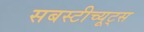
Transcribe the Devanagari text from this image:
सबस्टीच्यूट्स